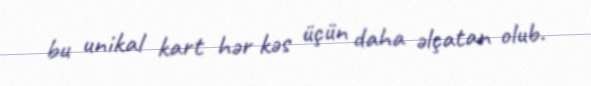
bu unikal kart hər kəs üçün daha əlçatan olub.